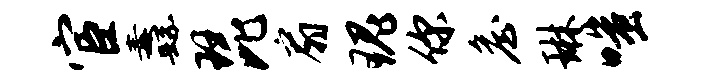
宦纛琵扇瑰你詹琳嗤